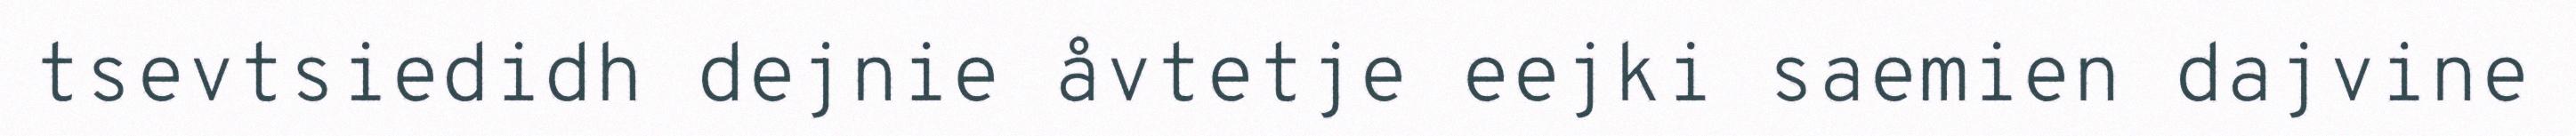
tsevtsiedidh dejnie åvtetje eejki saemien dajvine